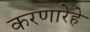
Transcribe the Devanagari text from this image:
करणारेहे